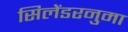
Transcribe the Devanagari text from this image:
सिलेंडरनुमा